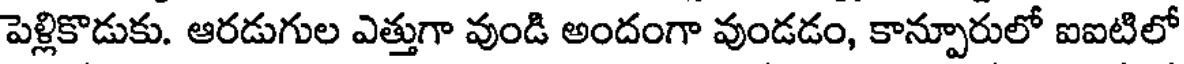
పెళ్లికొడుకు. ఆరడుగుల ఎత్తుగా వుండి అందంగా వుండడం, కాన్పూరులో ఐఐటిలో